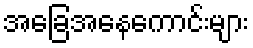
အခြေအနေကောင်းများ